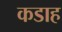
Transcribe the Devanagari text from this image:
कडाह